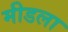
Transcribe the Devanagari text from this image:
मीडला